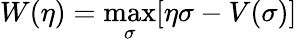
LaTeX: W(\eta)=\operatorname*{max}_{\sigma}[\eta\sigma-V(\sigma)]